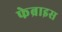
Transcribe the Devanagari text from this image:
फेब्राइस